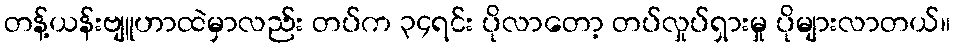
တန့်ယန်းဗျူဟာထဲမှာလည်း တပ်က ၃၄ရင်း ပိုလာတော့ တပ်လှုပ်ရှားမှု ပိုများလာတယ်။